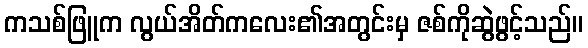
ကသစ်ဖြူက လွယ်အိတ်ကလေး၏အတွင်းမှ ဇစ်ကိုဆွဲဖွင့်သည်။